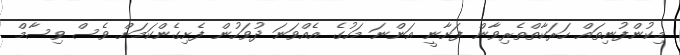
މިކުންފުނިތައް ހަރަކާތްތެރިވާން ފަށާނީ އަންނަ މަހުގެ އެއްވަނަ ދުވަހުން ފެށިގެންކަމަށް ވެސް ވިސާމް